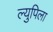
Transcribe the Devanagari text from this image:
ल्युपिला